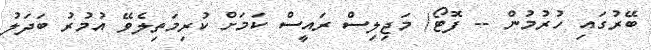
ބޭރުގައި ހުރުމުން -- ފޮޓޯ/ މަޖިލިސް ރައީސް ކަމަށް ކުރިމަތިލެވޭ އުމުރު ބަދަލު